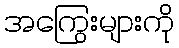
အကြွေးများကို